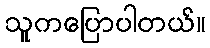
သူကပြောပါတယ်။